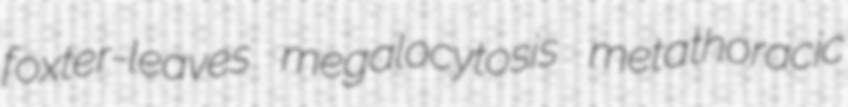
foxter-leaves megalocytosis metathoracic